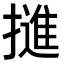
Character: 𭢜